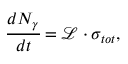
\cfrac { d N _ { \gamma } } { d t } = \mathcal { L } \cdot \sigma _ { t o t } ,